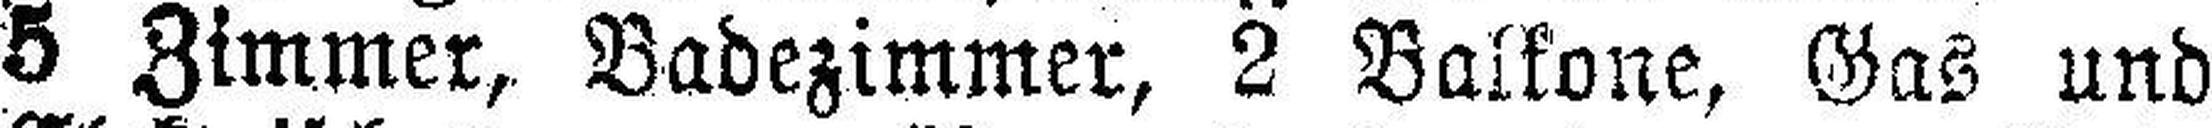
5 Zimmer, Badezimmer, 2 Balkone, Gas und